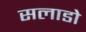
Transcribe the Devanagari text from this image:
सलाडो